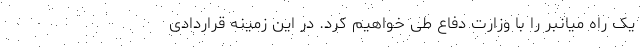
یک راه میانبر را با وزارت دفاع طی خواهیم کرد. در این زمینه قراردادی